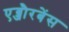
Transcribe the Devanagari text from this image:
एब्जौरबेंस